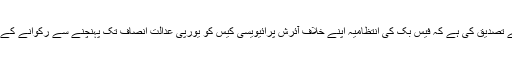
فیس بک کے ایک وکیل نے تصدیق کی ہے کہ فیس بک کی انتظامیہ اپنے خلاف آئرش پرائیویسی کیس کو یورپی عدالت انصاف تک پہنچنے سے رکوانے کے لیے حرکت میں آ گئی ہے۔